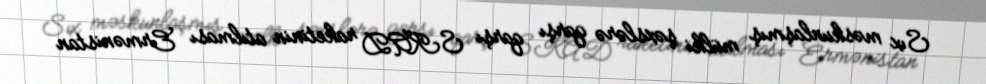
Sıx məskunlaşmış mülki şəxslərə qarşı qarşı SKAD raketinin atılması Ermənistan